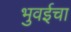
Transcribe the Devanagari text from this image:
भुवईचा